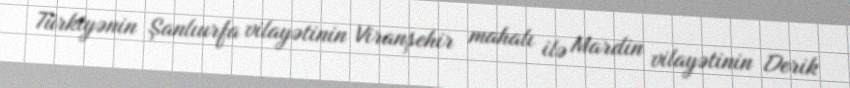
Türkiyənin Şanlıurfa vilayətinin Viranşehir mahalı ilə Mardin vilayətinin Derik